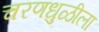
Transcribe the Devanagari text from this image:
चरणधुळीला